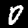
Digit: 0